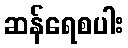
ဆန်ရေစပါး